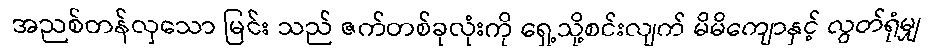
အညစ်တန်လှသော မြင်း သည် ဇက်တစ်ခုလုံးကို ရှေ့သို့စင်းလျက် မိမိကျောနှင့် လွတ်ရုံမျှ